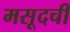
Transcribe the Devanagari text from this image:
मसूदची